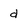
Character: d